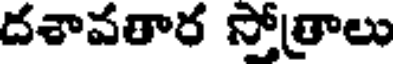
దశావతార స్తోత్రాలు